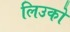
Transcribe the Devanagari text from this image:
लिउको